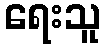
ရေးသူ